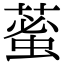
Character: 𦸞